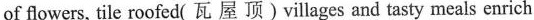
of flowers, tile roofed( 瓦 屋 顶)villages and tasty meals enrich